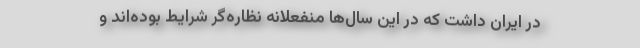
در ایران داشت که در این سال‌ها منفعلانه نظاره‌گر شرایط بوده‌اند و